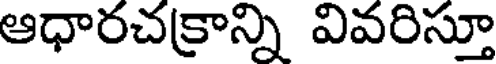
ఆధారచక్రాన్ని వివరిస్తూ